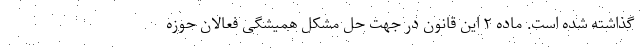
گذاشته شده است. ماده ۲ این قانون در جهت حل مشکل همیشگی فعالان حوزه